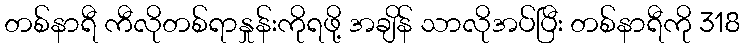
တစ်နာရီ ကီလိုတစ်ရာနှုန်းကိုရဖို့ အချိန် သာလိုအပ်ပြီး တစ်နာရီကို 318